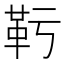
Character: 𩉞